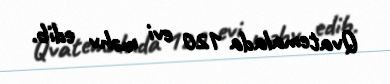
Qvatemalada 120 evi məhv edib.